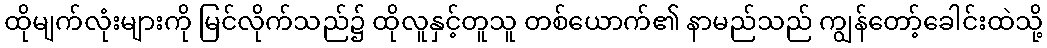
ထိုမျက်လုံးများကို မြင်လိုက်သည်၌ ထိုလူနှင့်တူသူ တစ်ယောက်၏ နာမည်သည် ကျွန်တော့်ခေါင်းထဲသို့